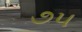
૭૫